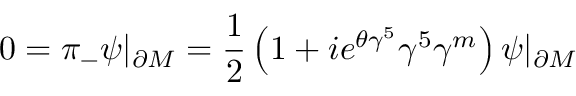
0 = \pi _ { - } \psi | _ { \partial M } = { \frac { 1 } { 2 } } \left( 1 + i e ^ { \theta \gamma ^ { 5 } } \gamma ^ { 5 } \gamma ^ { m } \right) \psi | _ { \partial M }